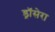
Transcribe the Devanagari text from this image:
ड्रॉसेरा